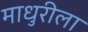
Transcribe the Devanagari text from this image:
माधुरीला